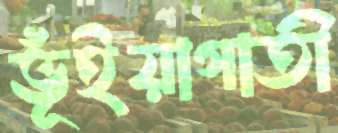
ভূঁইয়াগাতী